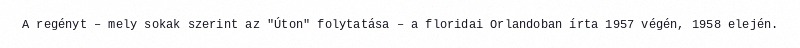
A regényt – mely sokak szerint az "Úton" folytatása – a floridai Orlandoban írta 1957 végén, 1958 elején.